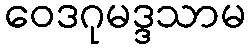
ဝေဒဂုမဒ္ဒသာမ